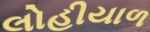
લોહીયાળ